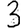
Digit: 3